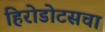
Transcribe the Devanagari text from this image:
हिरोडोटसचा